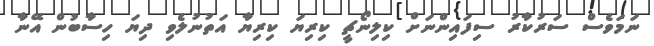
ނަމަވެސް ސަރުކާރު ސިފައިންނަށް ކިލިނޯޗީ ކިރިޔަ ކިރިޔާ އަތުނުލެވި ދިޔަ ހިސާބުން އޭނާ